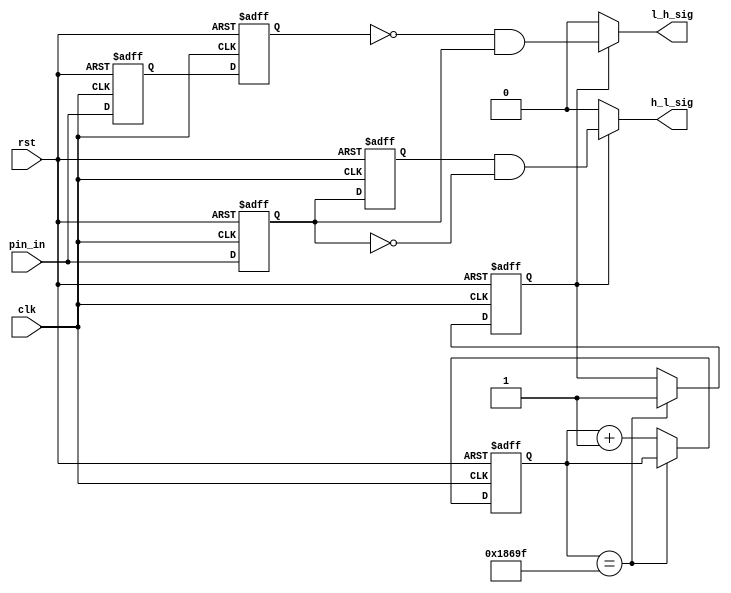
`timescale 1ns / 1ps
//////////////////////////////////////////////////////////////////////////////////
// Company: 
// Engineer: 
// 
// Design Name: 
// Module Name: debounce_module
// Project Name: 
// Target Devices: 
// Tool Versions: 
// Description: 
// 
// Dependencies: 
// 
// Revision:
// Revision 0.01 - File Created
// Additional Comments:
// 
//////////////////////////////////////////////////////////////////////////////////


module detect_module( clk, rst, pin_in, h_l_sig, l_h_sig
    );
    
    input clk, rst, pin_in;
    output h_l_sig, l_h_sig;
    
    parameter T1MS= 20'd99_999 ;
    
    reg [19:0] count;
    reg is_en;
    reg h_l_f1, h_l_f2, l_h_f1, l_h_f2;
    
    always@(posedge clk or negedge rst)
        if(!rst)
        begin
            count <= 0;
            is_en <= 0;
        end
        else if (count == T1MS)
            is_en <= 1;
        else
            count <= count + 1;
            
    always@(posedge clk or negedge rst)
        if(!rst)
        begin
           h_l_f1     <= 1'b1;
           h_l_f2     <= 1'b1; 
           l_h_f1     <= 1'b0;
           l_h_f2     <= 1'b0;
        end
        else
        begin
            h_l_f1     <= pin_in;
            h_l_f2     <= h_l_f1;
            l_h_f1     <= pin_in;
            l_h_f2     <= l_h_f1;   
        end
     
     assign h_l_sig =  is_en ? (h_l_f2 & (!h_l_f1)):0 ;
     assign l_h_sig =  is_en ? ((!l_h_f2) & h_l_f1):0 ;
endmodule


module delay_module( clk, rst, pin_out, h_l_sig, l_h_sig
    );
    
    input clk, rst,  h_l_sig, l_h_sig;
    output pin_out;
    
    parameter T1MS= 20'd99_999;
    
    reg [19:0] count;
    reg is_count;
    reg rpin_out;
    reg [1:0] i;
    reg [3:0]count_ms;
    
    always@(posedge clk or negedge rst)
         if(!rst)
            count = 20'd0;
         else if(is_count && count==T1MS)
            count <= 0; 
         else if(is_count)
            count <= count + 1;
         else if(!is_count)
            count <= 0;
            
            
     always@(posedge clk or negedge rst)
         if(!rst)
            count_ms <= 4'd0;       
         else if(is_count && count==T1MS)
            count_ms <= count_ms+1;
         else if(!is_count)
            count_ms <= 4'd0;
         else if(count_ms==10) 
            count_ms <= 4'd0;
            
     always@(posedge clk or negedge rst)
         if(!rst)
         begin
            is_count <= 1'b0;
            rpin_out <= 1'b0;
            i <= 2'd0;
         end       
         else 
            case(i)
                2'd0:
                    if(h_l_sig) i <= 2'd1;
                    else if(l_h_sig) i<= 2'd2;
                2'd1:
                    if(count_ms == 4'd10)
                    begin
                        is_count <= 1'b0;
                        rpin_out <= 1'b0;
                        i <= 2'd0;
                    end
                    else
                        is_count <= 1'b1;
                2'd2:
                    if(count_ms == 4'd10)
                    begin
                        is_count <= 1'b0;
                        rpin_out <= 1'b1;
                        i <= 2'd0;
                     end
                     else
                     is_count <= 1'b1;
              endcase
           
       assign pin_out = rpin_out;
endmodule


module debounce_module(clk, rst, pin_in, pin_out);
    input clk,rst,pin_in;
    output pin_out;
    
    wire h_l_sig, l_h_sig;
    
    detect_module U1 (
        .clk(clk), .rst(rst), .pin_in(pin_in),
        .h_l_sig(h_l_sig), .l_h_sig(l_h_sig)
    );
    
    delay_module U2 ( 
        .clk(clk), .rst(rst), .pin_out(pin_out),
        .h_l_sig(h_l_sig), .l_h_sig(l_h_sig)
    );
endmodule